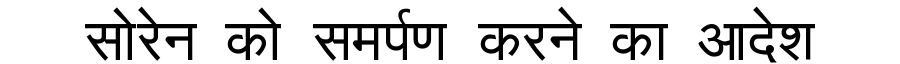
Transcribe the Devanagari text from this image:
सोरेन को समर्पण करने का आदेश